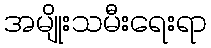
အမျိုးသမီးရေးရာ